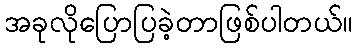
အခုလိုပြောပြခဲ့တာဖြစ်ပါတယ်။